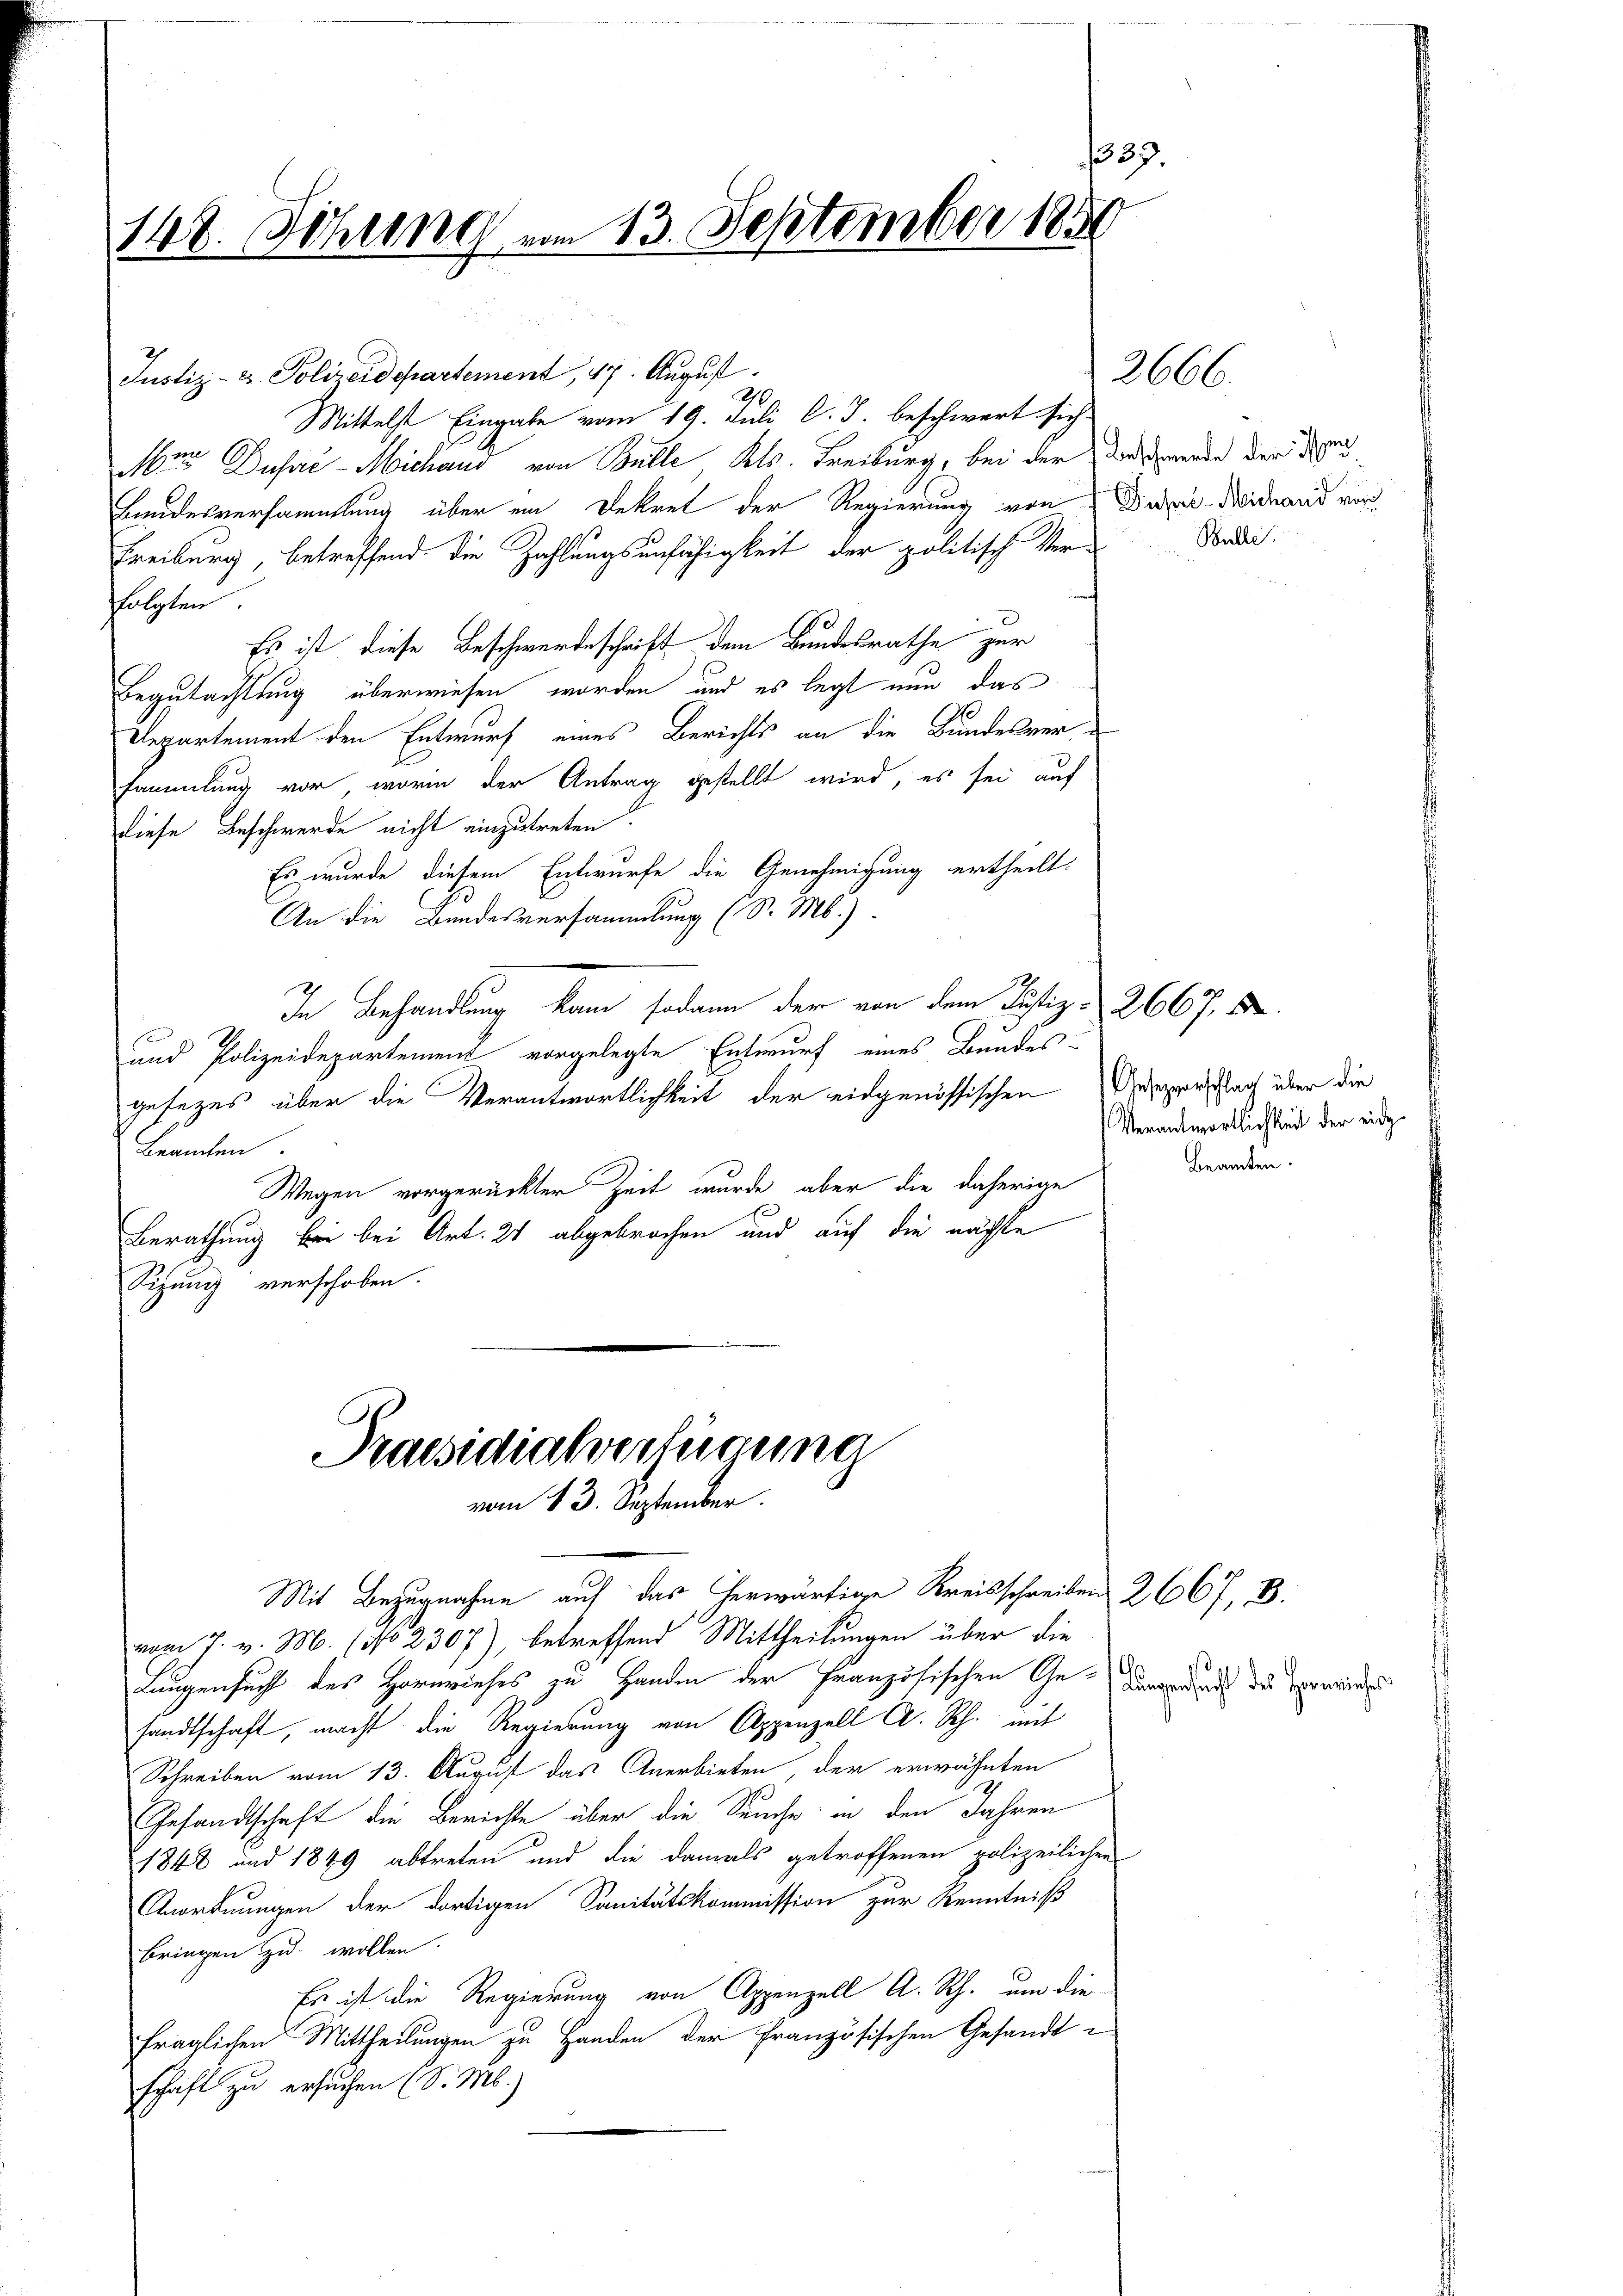
23.
148. Sitzung am 13. September 1850

Justiz- & Polizeidepartement, 47. August
Mittelst Eingabe vom 19. Juli l. J. beschwart sich
Mo Duse - Michaus von Bülle Kts. Freiburg, bei der Besserde der den
Bundesversammlung über ein Dekret der Regierung von Die Widerand wird
Freiburg, betreffend die Zahlungsunfähigkeit der politische Verfolgten
Es ist diese Beschwerdeschrift dem Bundesrathe zur
Begutachtung überwiesen worden, und es legt nun das
Departement den Entwurf eines Berichts an die Bundesversammlung vor, worin der Antrag gestellt wird, es sei auf
diese Beschwerde nicht einzutreten.
Es wurde diesem Entwurfe die Genehmigung ertheilt.
An die Bandesversammlung (S. M.)
In Behandlung kam sodann der von dem Justiz- 2667. 8.
und Polizeidepartement vorgelegte Entwurf eines Bundes-
gesezes über die Verantwortlichkeit der eidgenössischen Insperschlach über die
Beamten
Wegen vorgerückter Zeit wurde, aber die daherige
Berathung bei bei Art. 21 abgebrochen und auf die nächste
Sitzung verschoben.

Praesidialverfügung
vom 13. September.

2666.

Mit Bezugnahme auf das herr Kreisschreibe 267, B
vom 7. v. M. (No 2307), betreffend Mittheilungen über die
Laugensucht des Hornwieses zu Handen der Französischen Ge-
sandtschaft, macht die Regierung von Appenzell A. Rh. mit
Schreiben vom 13. August das Anerbieten, der erwähnten
Gesandtschaft die Berichte über die Seuche in den Jahren
1848 und 1849 abtreten und die damals getroffenen polizeilichen
Anordnungen der dortigen Sanitätskommission zur Kenntniß
bringen zu wollen.
Es ist die Regierung von Appenzell A. Rh. um die
fraglichen Mittheilungen zu Handen der Französischen Gesandt
schaft zu ersuchen (S. M.)

Bulle.

Verantwortlichkeit der eid¬
Beamten.

Lungensacht des Herreiches